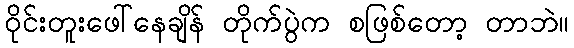
ဝိုင်းတူးဖေါ်နေချိန် တိုက်ပွဲက စဖြစ်တော့ တာဘဲ။